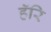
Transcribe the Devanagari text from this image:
हॅरि